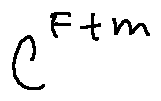
C ^ { F + m }